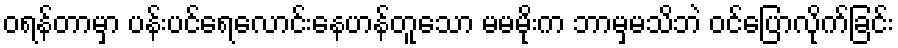
ဝရန်တာမှာ ပန်းပင်ရေလောင်းနေဟန်တူသော မမမိုးက ဘာမှမသိဘဲ ဝင်ပြောလိုက်ခြင်း